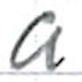
Text: a
Cross-out: clean
Writing tool: ballpoint